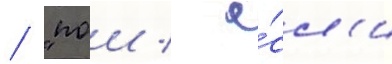
/ "пои / е́сл'и